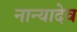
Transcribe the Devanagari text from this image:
नान्यादेव